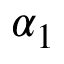
\alpha _ { 1 }